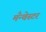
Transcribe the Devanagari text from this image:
मँन्चेस्टर